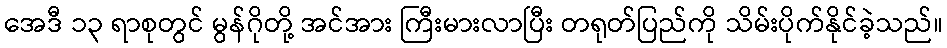
အေဒီ ၁၃ ရာစုတွင် မွန်ဂိုတို့ အင်အား ကြီးမားလာပြီး တရုတ်ပြည်ကို သိမ်းပိုက်နိုင်ခဲ့သည်။